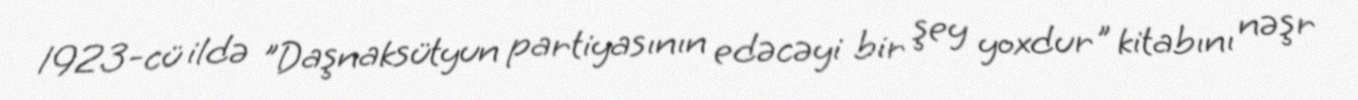
1923-cü ildə "Daşnaksütyun partiyasının edəcəyi bir şey yoxdur" kitabını nəşr